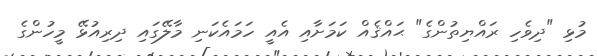
މުޅި "ދިވެހި ރައްޔިތުންގެ" ޙައްޤެއް ކަމަށާއި އެއީ ހަމައެކަނި މާލޭގައި ދިރިއުޅޭ މީހުންގެ